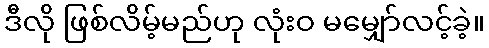
ဒီလို ဖြစ်လိမ့်မည်ဟု လုံးဝ မမျှော်လင့်ခဲ့။